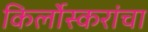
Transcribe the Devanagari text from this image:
किर्लोस्करांचा